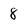
Character: 8